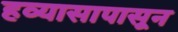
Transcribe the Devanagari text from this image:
हव्यासापासून